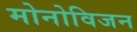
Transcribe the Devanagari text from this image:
मोनोविजन